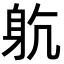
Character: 𨈨